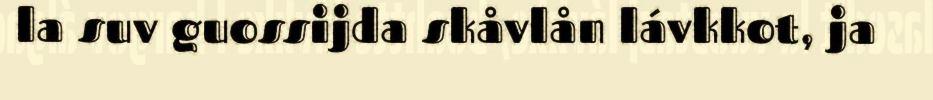
la suv guossijda skåvlån lávkkot, ja